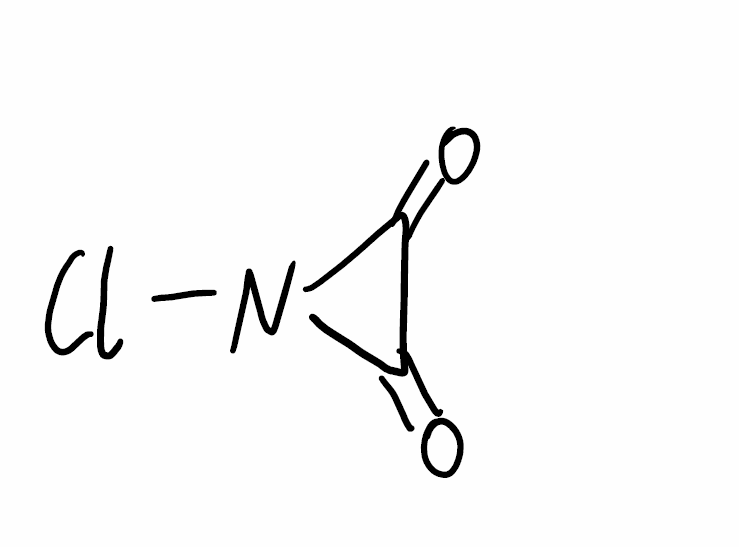
Simplified molecular-input line-entry system (SMILES) notation of the given molecule:
C1(=O)C(=O)N1Cl